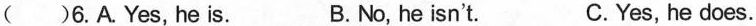
( )6.A.Yes,he is. B.No, he isn't. C.Yes, he does.